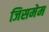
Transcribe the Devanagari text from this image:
जिसमेम